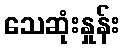
သေဆုံးနှုန်း